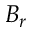
B _ { r }